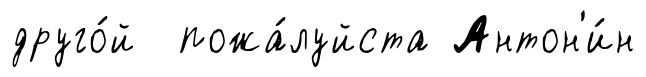
друго́й пожа́луйста Антон'и́н